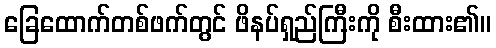
ခြေထောက်တစ်ဖက်တွင် ဖိနပ်ရှည်ကြီးကို စီးထား၏။